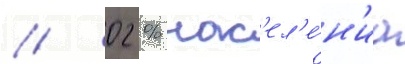
/ 02 % нас'ел'е́н'иа